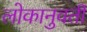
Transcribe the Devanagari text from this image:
लोकानुवर्ती